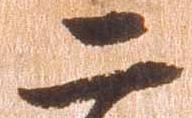
二